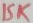
Text: 15K